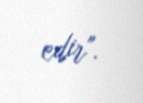
edir".